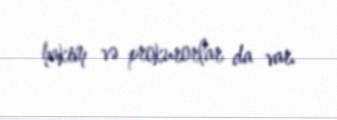
hakim və prokurorlar da var.